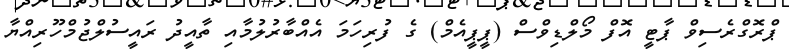
ޕްރޮގްރެސިވް ޕާޓީ އޮފް މޯލްޑިވްސް (ޕީޕީއެމް) ގެ ފުރިހަމަ އެއްބާރުލުމާއި ތާއީދު ރައީސުލްޖުމްހޫރިއްޔާ